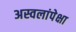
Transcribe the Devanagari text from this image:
अस्वलांपेक्षा